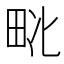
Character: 𱰬